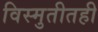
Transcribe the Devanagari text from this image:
विस्मुतीतही